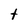
Character: t